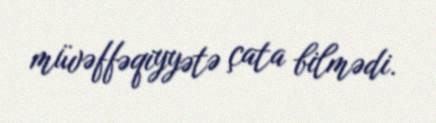
müvəffəqiyyətə çata bilmədi.